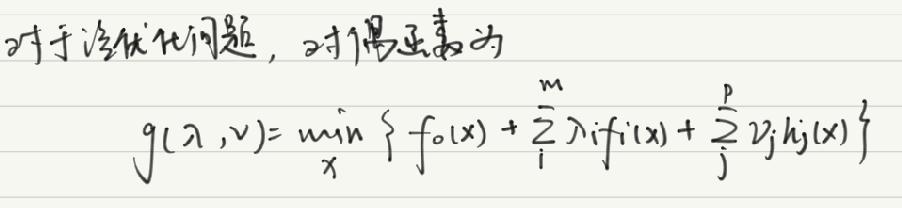
对于优化问题，对偶函数为

\(g(\lambda, v)=\min _{x}\left\{f_{0}(x)+\sum_{i=1}^{m} \lambda_{i} f_{i}(x)+\sum_{j=1}^{p} v_{j} h_{j}(x)\right\}\)